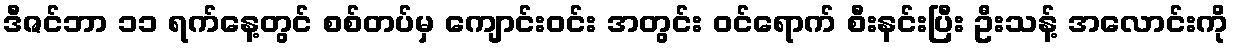
ဒီဇင်ဘာ ၁၁ ရက်နေ့တွင် စစ်တပ်မှ ကျောင်းဝင်း အတွင်း ဝင်ရောက် စီးနင်းပြီး ဦးသန့် အလောင်းကို